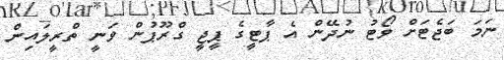
ނަމަ ބަޖެޓަށް ވޯޓު ނުދޭން އެ ޕާޓީގެ ޕީޖީ ގްރޫޕުން ވަނީ ތްރީލައިން